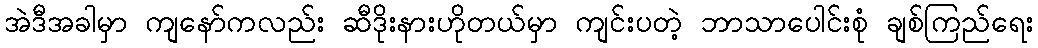
အဲဒီအခါမှာ ကျနော်ကလည်း ဆီဒိုးနားဟိုတယ်မှာ ကျင်းပတဲ့ ဘာသာပေါင်းစုံ ချစ်ကြည်ရေး